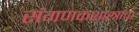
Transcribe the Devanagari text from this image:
संगणकशास्त्राचा